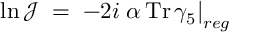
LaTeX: \ln { \mathcal J } \; = \; - 2 i \left. \alpha \, \mathrm { T r } \, \gamma _ { 5 } \right| _ { r e g }